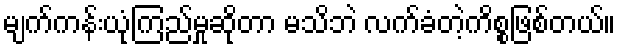
မျက်ကန်းယုံကြည်မှုဆိုတာ မသိဘဲ လက်ခံတဲ့ကိစ္စဖြစ်တယ်။